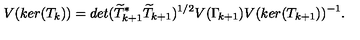
V ( k e r ( T _ { k } ) ) = d e t ( \widetilde { T } _ { k + 1 } ^ { * } \widetilde { T } _ { k + 1 } ) ^ { 1 / 2 } V ( \Gamma _ { \! k + 1 } ) V ( k e r ( T _ { k + 1 } ) ) ^ { - 1 } .